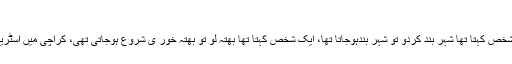
کراچی ایک شخص کے ہاتھوں یرغمال بنا ہوا تھا
نثار نے کہا کہ کراچی ایک شخص کے ہاتھوں یرغمال بنا ہوا تھا، ایک شخص کہتا تھا شہر بند کردو تو شہر بندہوجاتا تھا، ایک شخص کہتا تھا بھتہ لو تو بھتہ خور ی شروع ہوجاتی تھی، کراچی میں اسٹریٹ کرائمز میں اضافہ ہوا، چائنہ کٹنگ جاری ہے اور کرپشن عروج ہے۔